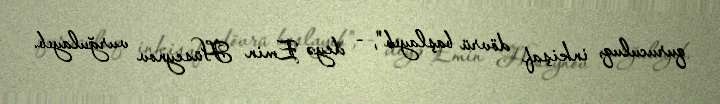
quruculuq, inkişaf dövrü başlayıb", - deyə Emin Hüseynov vurğulayıb.